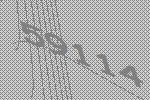
59114